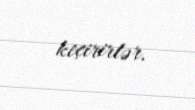
keçirirlər.